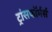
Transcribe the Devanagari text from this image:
ट्रांसफॉर्मर्स